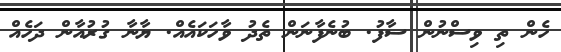
ހެން ތި ވިސްނުން ސާފު. ބުނެފާނަން ތެދު ވާހަކައެއް. ޔާނާ ގުރުއާން ދަހެއް